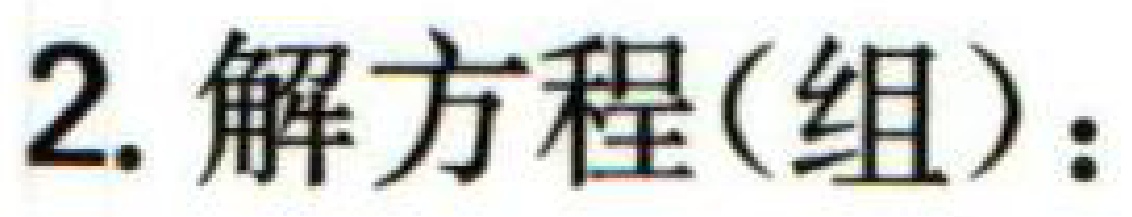
2. 解方程(组)：